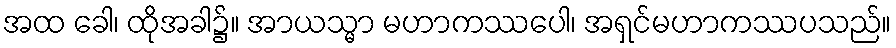
အထ ခေါ၊ ထိုအခါ၌။ အာယသ္မာ မဟာကဿပေါ၊ အရှင်မဟာကဿပသည်။